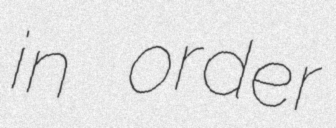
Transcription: in order